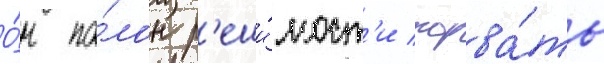
О́н по́лон р'еши́мост'и порва́ть